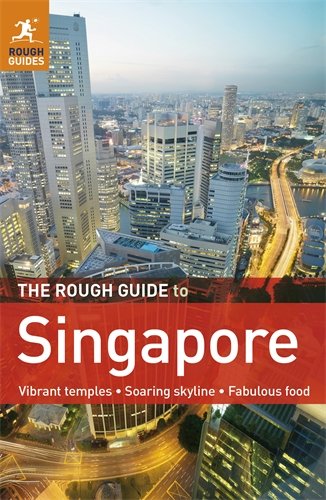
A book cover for The Rough Guide to Singapore; Mark Lewis; Travel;